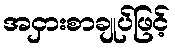
အငှားစာချုပ်ဖြင့်